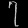
Digit: ၇